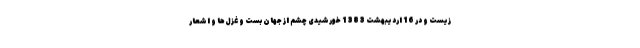
زیست و در 16 اردیبهشت 1383 خورشیدی چشم از جهان بست و غزل‌ها و اشعار